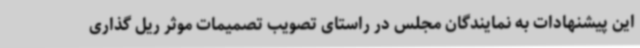
این پیشنهادات به نمایندگان مجلس در راستای تصویب تصمیمات موثر ریل گذاری